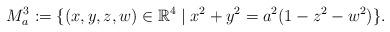
LaTeX: \begin{align*}M_{a}^{3}:=\{(x,y,z,w)\in{\mathbb R}^{4}\mid x^{2}+y^{2}=a^{2}(1-z^{2}-w^{2})\}.\end{align*}